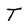
Character: T